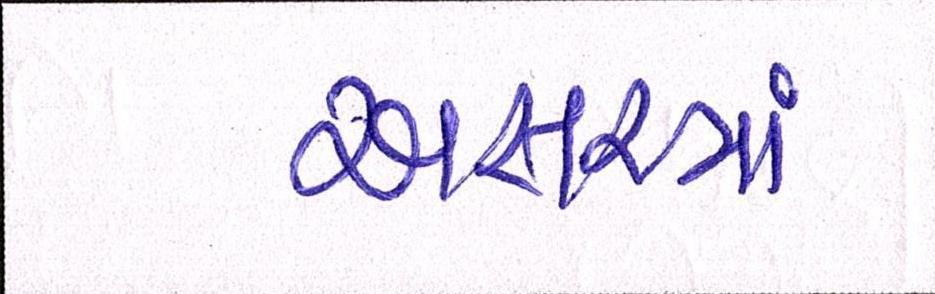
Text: અસરમાં